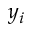
y _ { i }